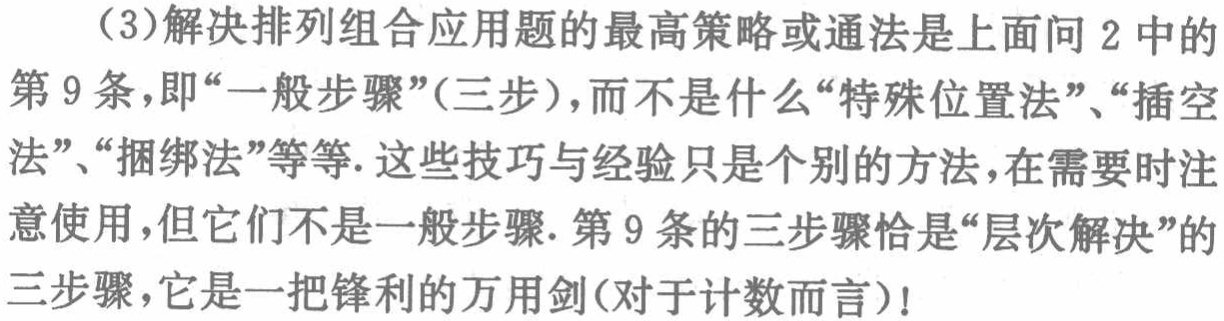
（3）解决排列组合应用题的最高策略或通法是上面问2中的
第9条，即“一般步骤”(三步)，而不是什么“特殊位置法”、“插空
法”、“捆绑法”等等. 这些技巧与经验只是个别的方法，在需要时注
意使用，但它们不是一般步骤. 第9条的三步骤恰是“层次解决”的
三步骤，它是一把锋利的万用剑(对于计数而言)！